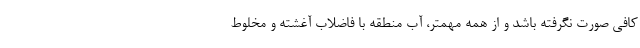
کافی صورت نگرفته باشد و از همه مهمتر، آب منطقه با فاضلاب آغشته و مخلوط